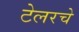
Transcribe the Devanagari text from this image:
टेलरचे